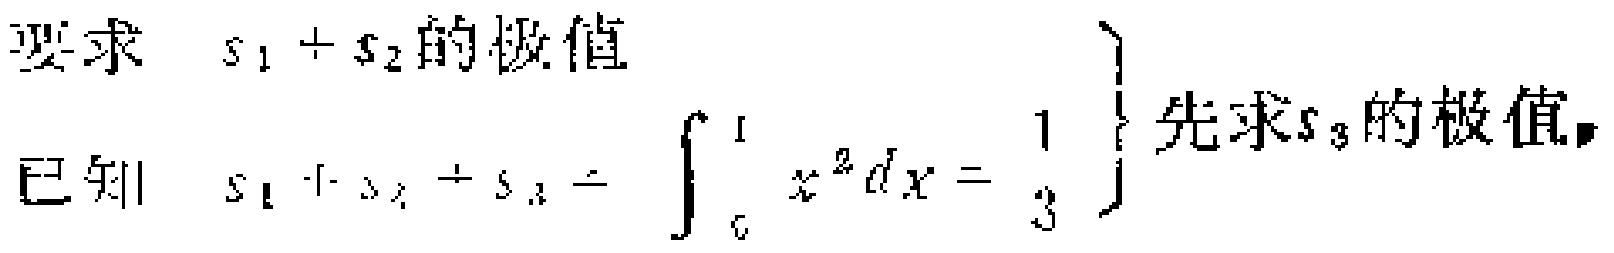
要求 \(s_{1}+s_{2}\)的极值

已知 \(s_{1}+s_{2}+s_{3}=\int_{0}^{1} x^{2}dx=\frac{1}{3}\)  先求\(s_{3}\)的极值，